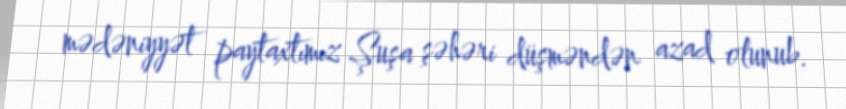
mədəniyyət paytaxtımız Şuşa şəhəri düşməndən azad olunub.